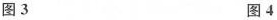
图3 图4